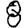
Digit: 8